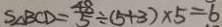
S _ { \Delta } B C D = \frac { 4 8 } { 5 } \div ( 5 + 3 ) \times 5 = 6